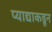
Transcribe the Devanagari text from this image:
प्याद्याकडून